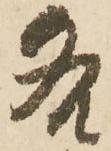
各